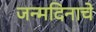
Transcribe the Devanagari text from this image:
जन्‍मदिनाचे